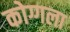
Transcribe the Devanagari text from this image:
कोग्गला